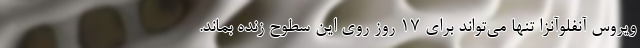
ویروس آنفلوآنزا تنها می‌تواند برای ۱۷ روز روی این سطوح زنده بماند.